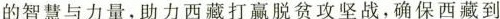
的智慧与力量，助力西藏打赢脱贫攻坚战，确保西藏到